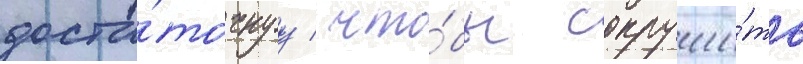
доста́точнуу / что́бы сокруши́ть